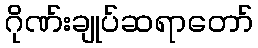
ဂိုဏ်းချုပ်ဆရာတော်